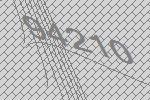
94210